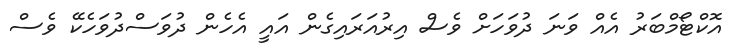
އޮކްޓޯމްބަރު އެއް ވަނަ ދުވަހަށް ވެސް އިރުއަރައިގެން އައީ އެހެން ދުވަސްދުވަހެކޭ ވެސް